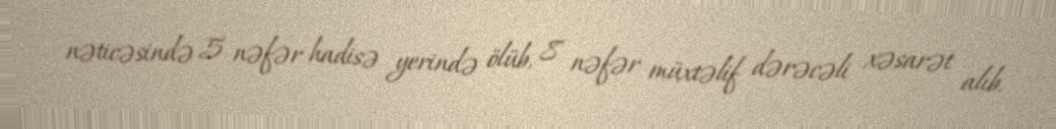
nəticəsində 5 nəfər hadisə yerində ölüb, 8 nəfər müxtəlif dərəcəli xəsarət alıb.